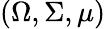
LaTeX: (\Omega,\Sigma,\mu)